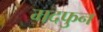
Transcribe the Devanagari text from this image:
मदफुन